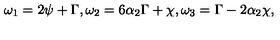
\omega _ { 1 } = 2 \psi + \Gamma , \omega _ { 2 } = 6 \alpha _ { 2 } \Gamma + \chi , \omega _ { 3 } = \Gamma - 2 \alpha _ { 2 } \chi ,